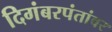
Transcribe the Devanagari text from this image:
दिगंबरपंतांवर